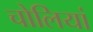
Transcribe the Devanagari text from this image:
चोलियां